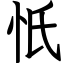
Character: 忯